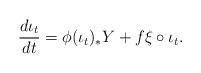
LaTeX: \begin{align*}\frac{d \iota_{t}}{dt} = \phi (\iota_{t})_{*} Y + f \xi \circ \iota_{t}.\end{align*}